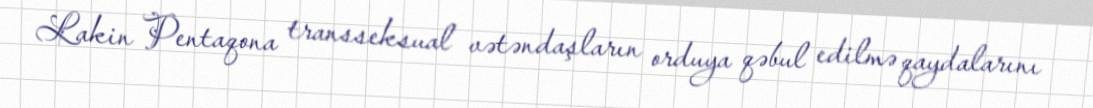
Lakin Pentaqona transseksual vətəndaşların orduya qəbul edilmə qaydalarını